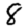
Digit: 8